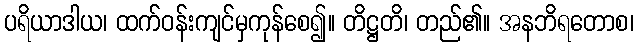
ပရိယာဒါယ၊ ထက်ဝန်းကျင်မှကုန်စေ၍။ တိဋ္ဌတိ၊ တည်၏။ အနဘိရတောစ၊